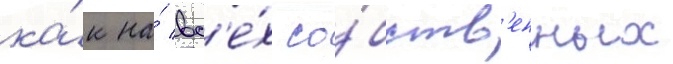
ка́к на́ вс'е́х со́бств'енных